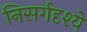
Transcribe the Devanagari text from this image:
निसर्गदृश्ये